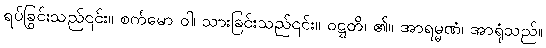
ရပ်ခြင်းသည်၎င်း။ စင်္ကမော ဝါ၊ သွားခြင်းသည်၎င်း။ ဝဋ္ဋတိ၊ ၏။ အာရမ္မဏံ၊ အာရုံသည်။